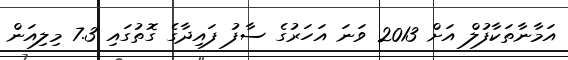
އަމާނާތަކާފުލް އަށް 2013 ވަނަ އަހަރުގެ ސާފު ފައިދާގެ ގޮތުގައި 7.3 މިލިއަން